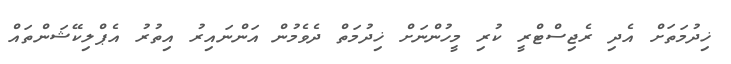
ޚިދުމަތަށް އެދި ރެޖިސްޓްރީ ކުރި މީހުންނަށް ޚިދުމަތް ދެވެމުން އަންނައިރު އިތުރު އެޕްލިކޭޝަންތައް